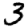
Digit: 3